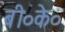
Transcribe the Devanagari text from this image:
बी०के०